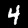
Label: 4